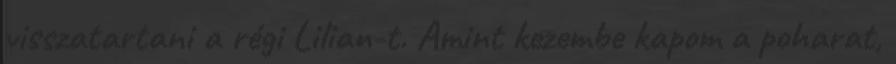
visszatartani a régi Lilian-t. Amint kezembe kapom a poharat,